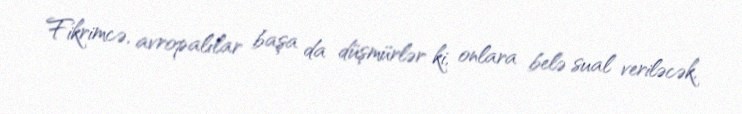
Fikrimcə, avropalılar başa da düşmürlər ki, onlara belə sual veriləcək,